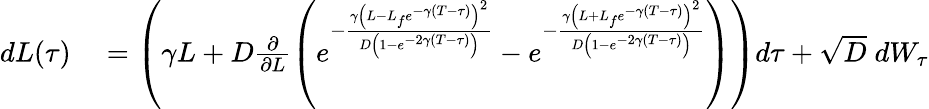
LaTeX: \begin{array}{rl}{dL(\tau)}&{{}=\left(\gamma L+D\frac{\partial}{\partial L}\left(e^{-\frac{\gamma\left(L-L_{f}e^{-\gamma(T-\tau)}\right)^{2}}{D\left(1-e^{-2\gamma(T-\tau)}\right)}}-e^{-\frac{\gamma\left(L+L_{f}e^{-\gamma(T-\tau)}\right)^{2}}{D\left(1-e^{-2\gamma(T-\tau)}\right)}}\right)\right)d\tau+\sqrt{D}\; dW_{\tau}}\end{array}